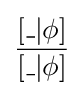
[\_|\phi ] \over [\_|\phi ]